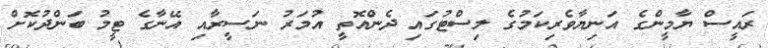
ރައީސް ޔާމީންގެ އަނިޔާވެރިކަމުގެ ލިސްޓުގައި ދެންއޮތީ އުމަރު ނަސީރާއި އޭނާގެ ޓީމު ބަންދުކޮށް